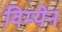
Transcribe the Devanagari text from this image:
विम्येन